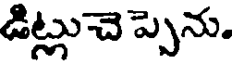
డిట్లుచె ప్పెను.